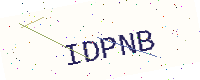
Text: IDPNB